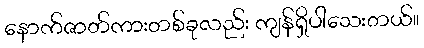
နောက်ဇာတ်ကားတစ်ခုလည်း ကျန်ရှိပါသေးတယ်။